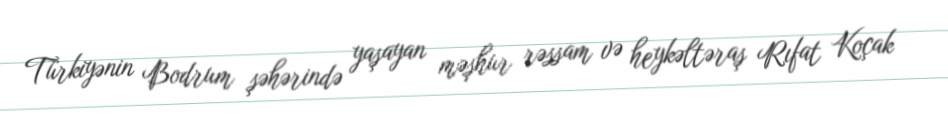
Türkiyənin Bodrum şəhərində yaşayan məşhur rəssam və heykəltəraş Rıfat Koçak